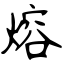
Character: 熔